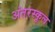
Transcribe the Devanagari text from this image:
अंतरस्कूल